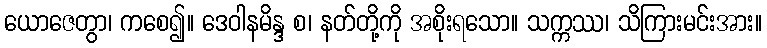
ယောဇေတွာ၊ ကစေ၍။ ဒေဝါနမိန္ဒ စ၊ နတ်တို့ကို အစိုးရသော။ သက္ကဿ၊ သိကြားမင်းအား။